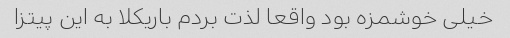
خیلی خوشمزه بود واقعا لذت بردم باریکلا به این پیتزا